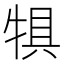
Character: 犋